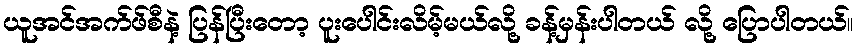
ယူအင်အက်ဖ်စီနဲ့ ပြန်ပြီးတော့ ပူးပေါင်းလိမ့်မယ်လို့ ခန့်မှန်းပါတယ် လို့ ပြောပါတယ်။